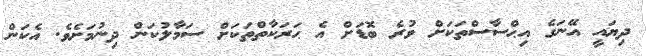
ދިޔައީ އޭނަގެ އިޙްސާސްތަކަށް ވުރެ ބޮޑަށް އެ ޙަރަކާތްތަކަށް ސަމާލުކަން ދިނުމަށެވެ. އެކަން